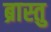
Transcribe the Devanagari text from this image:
ब्रास्तु